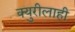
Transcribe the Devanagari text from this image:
क्युरीलाही